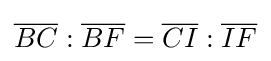
{\overline {BC}}:{\overline {BF}}={\overline {CI}}:{\overline {IF}}